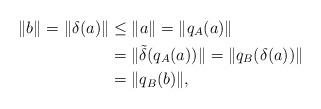
LaTeX: \begin{align*}\|b\|=\|\delta(a)\|&\leq \|a\|=\|q_A(a)\|\\&= \|\tilde\delta(q_A(a))\|=\|q_B(\delta(a))\|\\&=\|q_B(b)\|,\end{align*}